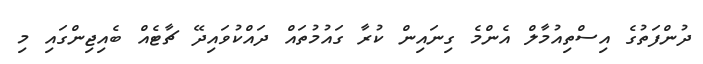
ދުންފަތުގެ އިސްތިއުމާލް އެންމެ ގިނައިން ކުރާ ގައުމުތައް ދައްކުވައިދޭ ޗާޓެއް ބެއިޖިންގައި މި